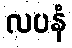
လပနံ